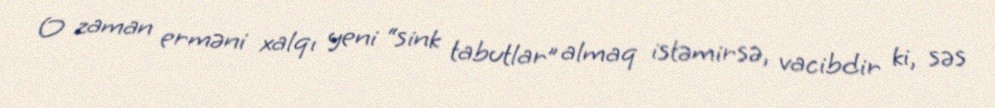
O zaman erməni xalqı yeni “sink tabutlar” almaq istəmirsə, vacibdir ki, səs